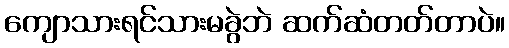
ကျောသားရင်သားမခွဲဘဲ ဆက်ဆံတတ်တာပဲ။